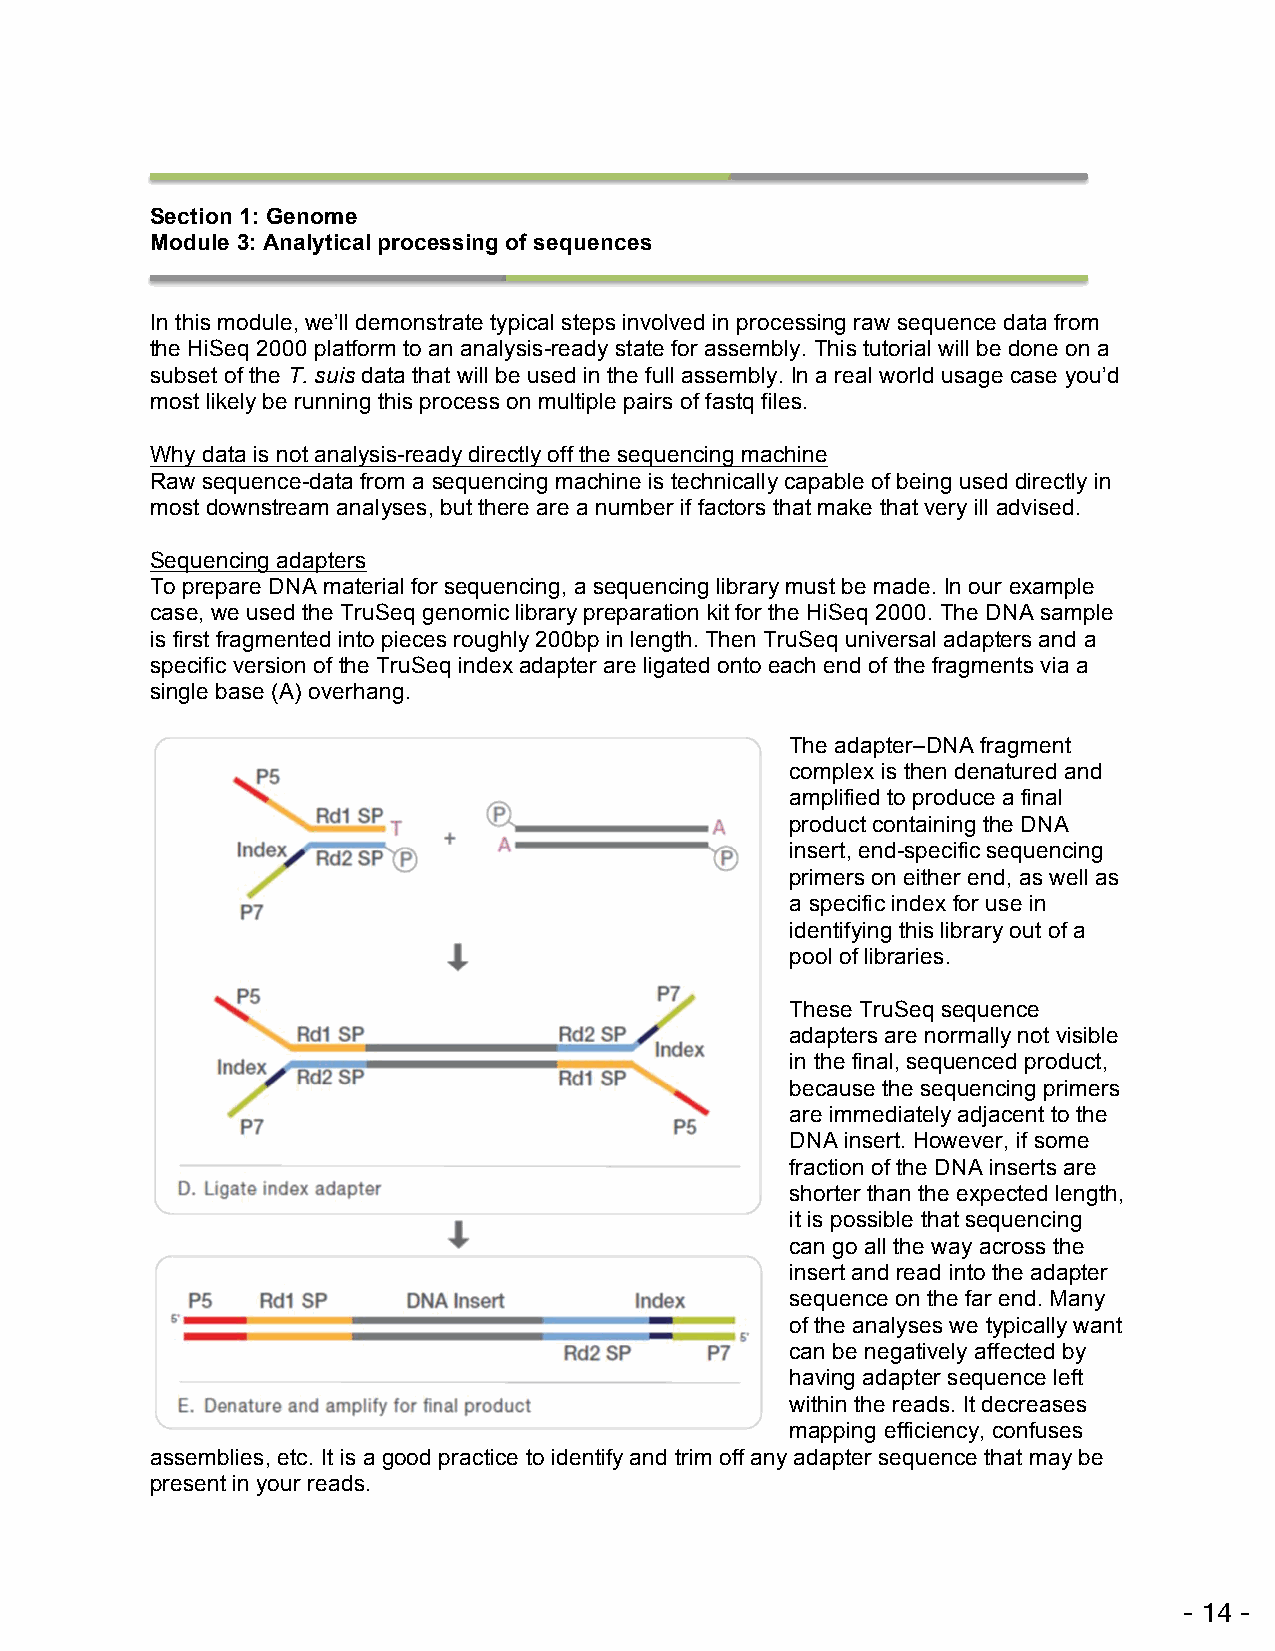
Section 1: Genome
 Module 3: Analytical processing of sequences
 !
 In this module, we’ll demonstrate typical steps involved in processing raw sequence data from
 the HiSeq 2000 platform to an analysis-ready state for assembly. This tutorial will be done on a
 subset of the T. suis data that will be used in the full assembly. In a real world usage case you’d
 most likely be running this process on multiple pairs of fastq files.
 !
 Why data is not analysis-ready directly off the sequencing machine
 Raw sequence-data from a sequencing machine is technically capable of being used directly in
 most downstream analyses, but there are a number if factors that make that very ill advised.
 Sequencing adapters
 To prepare DNA material for sequencing, a sequencing library must be made. In our example
 case, we used the TruSeq genomic library preparation kit for the HiSeq 2000. The DNA sample
 is first fragmented into pieces roughly 200bp in length. Then TruSeq universal adapters and a
 specific version of the TruSeq index adapter are ligated onto each end of the fragments via a
 single base (A) overhang.
 !
 The adapter–DNA fragment
 complex is then denatured and
 amplified to produce a final
 product containing the DNA
 insert, end-specific sequencing
 primers on either end, as well as
 a specific index for use in
 identifying this library out of a
 pool of libraries.!
 These TruSeq sequence
 adapters are normally not visible
 in the final, sequenced product,
 because the sequencing primers
 are immediately adjacent to the
 DNA insert. However, if some
 fraction of the DNA inserts are
 shorter than the expected length,
 it is possible that sequencing
 can go all the way across the
 insert and read into the adapter
 sequence on the far end. Many
 of the analyses we typically want
 can be negatively affected by
 having adapter sequence left
 within the reads. It decreases
 mapping efficiency, confuses
 assemblies, etc. It is a good practice to identify and trim off any adapter sequence that may be
 present in your reads.